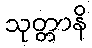
သုတ္တာနိ